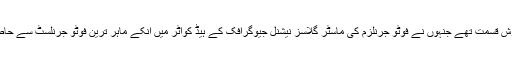
ہم وہ خوش قسمت تھے جنہوں نے فوٹو جرنلزم کی ماسٹر گلاسز نیشنل جیوگرافک کے ہیڈ کواٹر میں انکے ماہر ترین فوٹو جرنلسٹ سے حاصل کیں۔